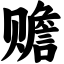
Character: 赡